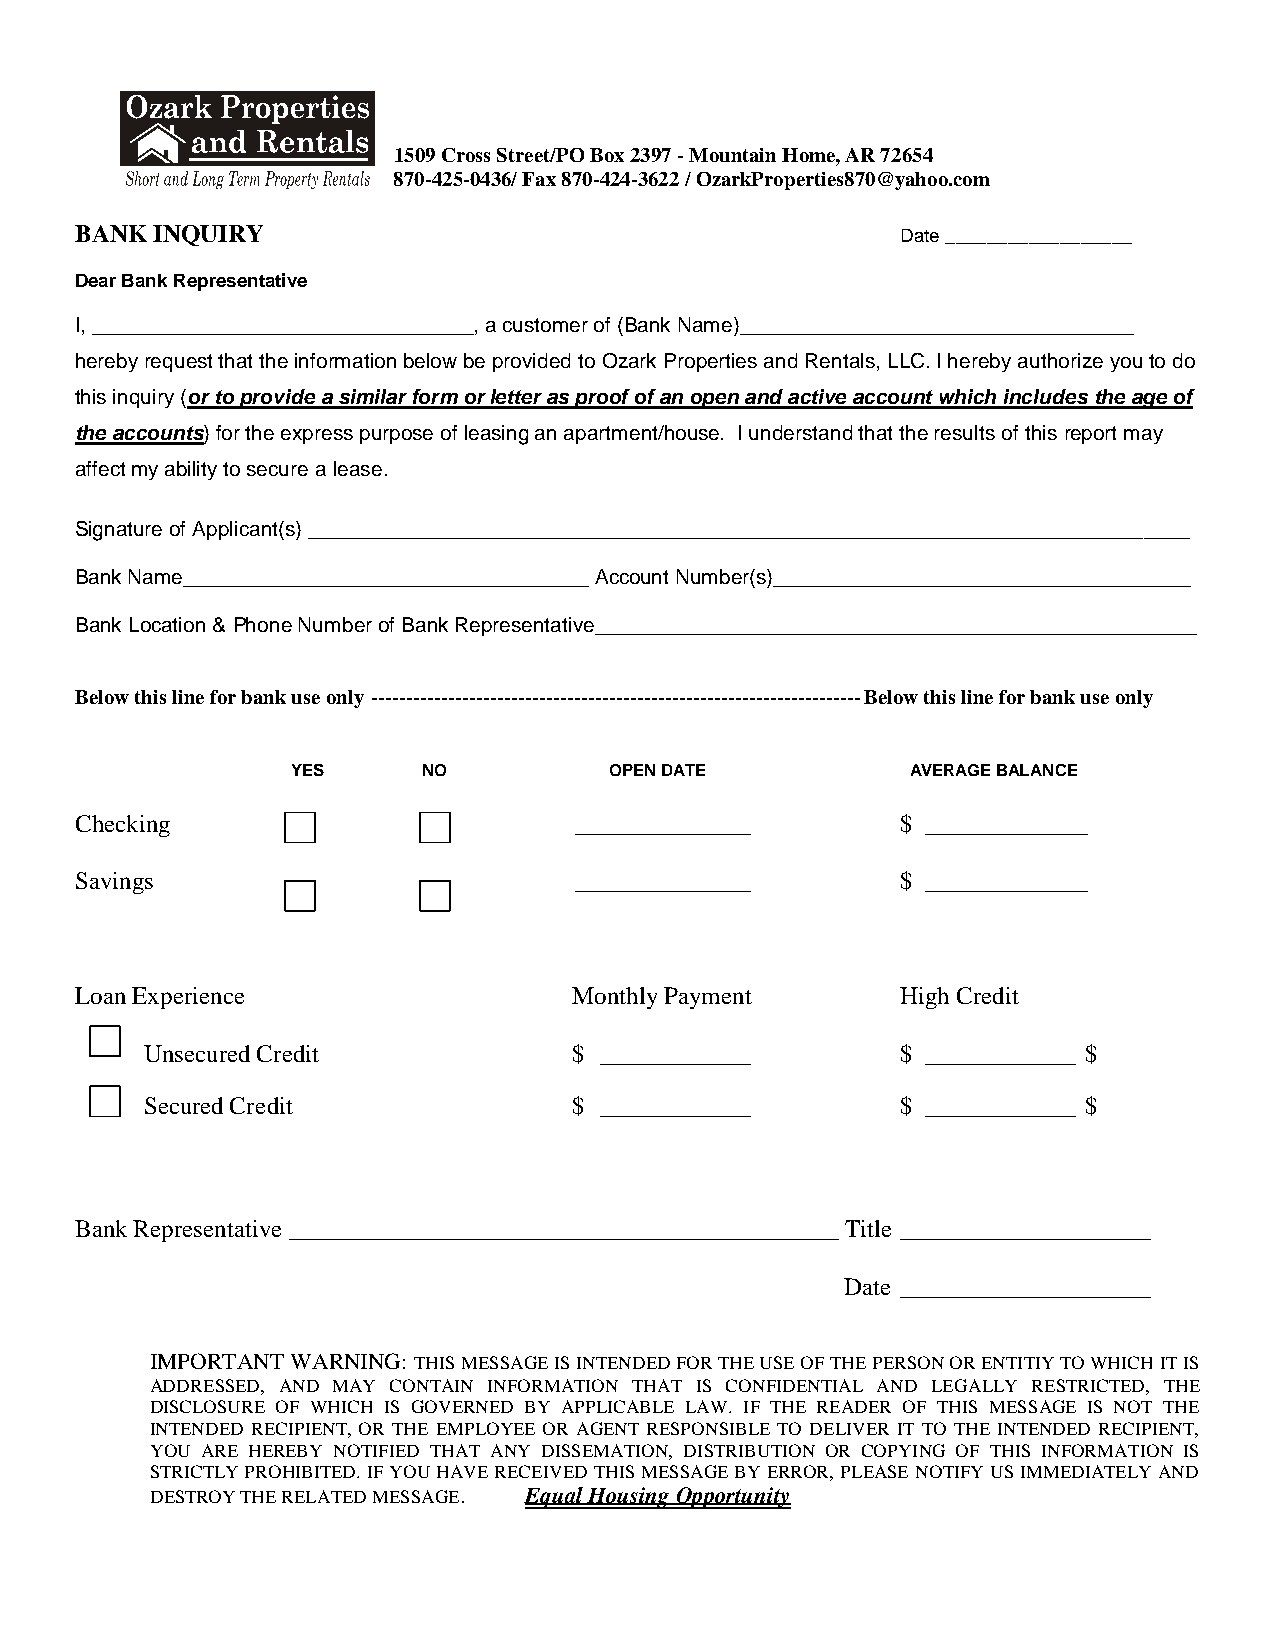
1509 Cross Street/PO Box 2397 - Mountain Home, AR 72654
 870-425-0436/ Fax 870-424-3622 / OzarkProperties870@yahoo.com
 BANK INQUIRY                                           Date __________________
 Dear Bank Representative
 I, _________________________________, a customer of (Bank Name)__________________________________
 hereby request that the information below be provided to Ozark Properties and Rentals, LLC. I hereby authorize you to do
 this inquiry (or to provide a similar form or letter as proof of an open and active account which includes the age of
 the accounts) for the express purpose of leasing an apartment/house. I understand that the results of this report may
 affect my ability to secure a lease.
 Signature of Applicant(s) ____________________________________________________________________________
 Bank Name___________________________________ Account Number(s)____________________________________
 Bank Location & Phone Number of Bank Representative____________________________________________________
 Below this line for bank use only ---------------------------------------------------------------------- Below this line for bank use only
 YES      NO          OPEN DATE           AVERAGE BALANCE
 Checking                         ______________        $ _____________
 Savings                          ______________        $ _____________
 Loan Experience                  Monthly Payment       High Credit
 Unsecured Credit            $ ____________        $ ____________ $
 Secured Credit              $ ____________        $ ____________ $
 Bank Representative ____________________________________________ Title ____________________
 Date ____________________
 IMPORTANT WARNING: THIS MESSAGE IS INTENDED FOR THE USE OF THE PERSON OR ENTITIY TO WHICH IT IS
 ADDRESSED, AND MAY CONTAIN INFORMATION THAT IS CONFIDENTIAL AND LEGALLY RESTRICTED, THE
 DISCLOSURE OF WHICH IS GOVERNED BY APPLICABLE LAW. IF THE READER OF THIS MESSAGE IS NOT THE
 INTENDED RECIPIENT, OR THE EMPLOYEE OR AGENT RESPONSIBLE TO DELIVER IT TO THE INTENDED RECIPIENT,
 YOU ARE HEREBY NOTIFIED THAT ANY DISSEMATION, DISTRIBUTION OR COPYING OF THIS INFORMATION IS
 STRICTLY PROHIBITED. IF YOU HAVE RECEIVED THIS MESSAGE BY ERROR, PLEASE NOTIFY US IMMEDIATELY AND
 DESTROY THE RELATED MESSAGE. Equal Housing Opportunity